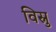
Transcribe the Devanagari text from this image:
विस्नु